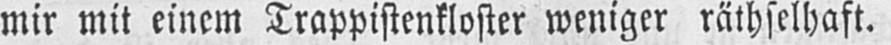
mir mit einem Trappistenkloster weniger räthselhaft.